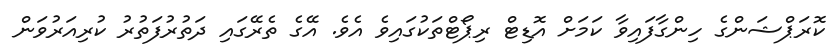
ކޮރަޕްޝަންގެ ހިންގާފައިވާ ކަމަށް އޮޑިޓް ރިޕޯޓްތަކުގައިވެ އެވެ. އޭގެ ތެރޭގައި ދަތުރުފަތުރު ކުރިއަރުވަން